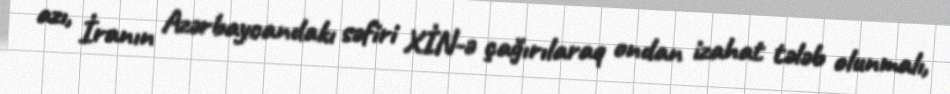
azı, İranın Azərbaycandakı səfiri XİN-ə çağırılaraq ondan izahat tələb olunmalı,